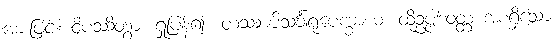
အားဖြင့်။ ဝိပဿိတွာ၊ ရှုပြန်၍။ တဿာပိသင်္ခါရုပေက္ခာယ၊ ထိုဥပ္ပါဒဝတ္တ အစရှိသော